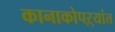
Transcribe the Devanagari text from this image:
कानाकोपऱ्यांत